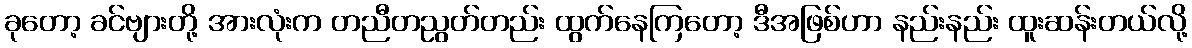
ခုတော့ ခင်ဗျားတို့ အားလုံးက တညီတညွတ်တည်း ထွက်နေကြတော့ ဒီအဖြစ်ဟာ နည်းနည်း ထူးဆန်းတယ်လို့